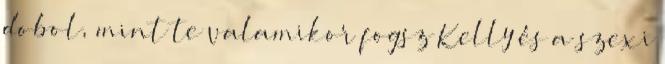
dobol, mint te valamikor fogsz Kelly és a szexi